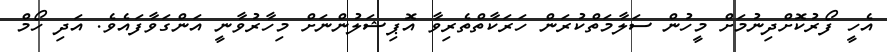
އެހީ ފޯރުކޮށްދިނުމަށް މީހުން ސަލާމަތްކުރަން ހަރަކާތްތެރިވާ އޮޕިޝަލުންނަށް މިހާރުވާނީ އަންގަވާފައެވެ. އަދި ހޯމް